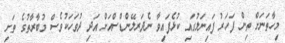
މިހާތަނަށް ތިން ފަހަރު ފައިނަލުގައި ކުޅެފައިވާ ނެދަރލޭންޑްސްއަށް އަދި ދުވަހަކުވެސް މުބާރާތުގެ ތަށި